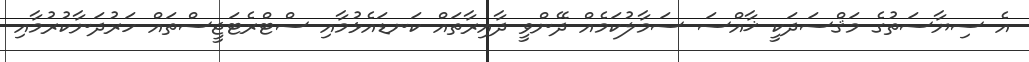
އެ ސިޔާސަތުގެ މަޤްސަދަކީ ޚާއްސަ ސަމާލުކަމެއް ދޭންވީ ދާއިރާތައް ކަނޑައެޅުމާއި ސްޓްރެޓަޖީސްތައް ހަރުދަނާކުރުމާއި